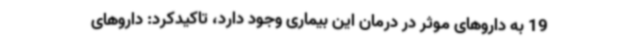
19 به داروهای موثر در درمان این بیماری وجود دارد، تاکیدکرد: داروهای